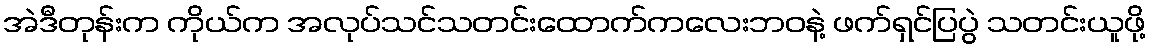
အဲဒီတုန်းက ကိုယ်က အလုပ်သင်သတင်းထောက်ကလေးဘဝနဲ့ ဖက်ရှင်ပြပွဲ သတင်းယူဖို့